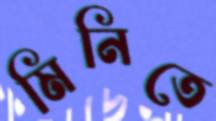
মিনিতে